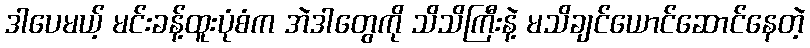
ဒါပေမယ့် မင်းခန့်ထူးပုံစံက အဲဒါတွေကို သိသိကြီးနဲ့ မသိချင်ယောင်ဆောင်နေတဲ့